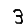
Digit: 3